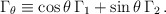
\begin{align*}\Gamma_\theta \equiv \cos \theta \, \Gamma_1 + \sin \theta \, \Gamma_2 \, .\end{align*}